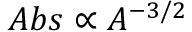
A b s \propto A ^ { - 3 / 2 }